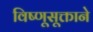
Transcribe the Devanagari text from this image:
विष्णूसूक्ताने